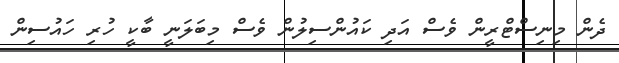
ދެން މިނިސްޓްރީން ވެސް އަދި ކައުންސިލުން ވެސް މިބަލަނީ ބާކީ ހުރި ހައުސިން